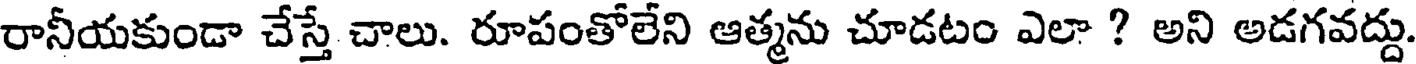
రానీయకుండా చేస్తే చాలు. రూపంతోలేని ఆత్మను చూడటం ఎలా ? అని అడగవద్దు.